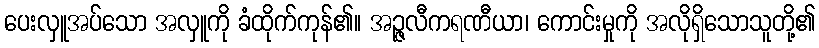
ပေးလှူအပ်သော အလှူကို ခံထိုက်ကုန်၏။ အဉ္ဇလီကရဏီယာ၊ ကောင်းမှုကို အလိုရှိသောသူတို့၏